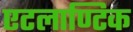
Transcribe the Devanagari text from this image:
एटलाण्टिक